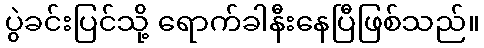
ပွဲခင်းပြင်သို့ ရောက်ခါနီးနေပြီဖြစ်သည်။